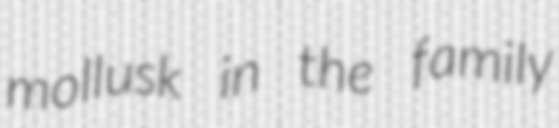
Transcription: mollusk in the family